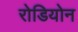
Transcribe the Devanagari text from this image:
रोडियोन